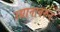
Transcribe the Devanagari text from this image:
उद्यानावरुन